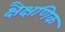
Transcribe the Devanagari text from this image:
क्षैक्षणिक